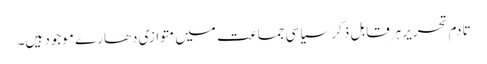
تادم تحریر ہرقابل ذکر سیاسی جماعت میں متوازی دھارے موجود ہیں۔